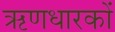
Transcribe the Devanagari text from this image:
ऋणधारकों